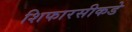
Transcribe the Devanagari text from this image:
शिफारसीकडे